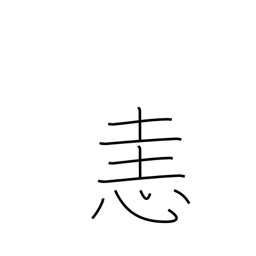
Meaning: anger